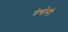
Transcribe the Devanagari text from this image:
बेथोनी